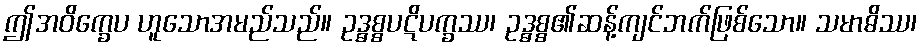
ဤအဝိက္ခေပ ဟူသောအမည်သည်။ ဥဒ္ဓစ္စပဋိပက္ခဿ၊ ဥဒ္ဓစ္စ၏ဆန့်ကျင်ဘက်ဖြစ်သော။ သမာဓိဿ၊